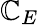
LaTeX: \mathbb{C}_{E}